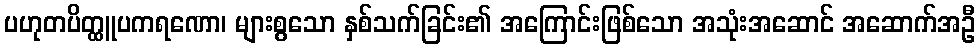
ပဟုတပိတ္ထူပကရဏော၊ များစွသော နှစ်သက်ခြင်း၏ အကြောင်းဖြစ်သော အသုံးအဆောင် အဆောက်အဦ